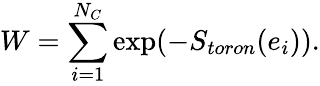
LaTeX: W=\sum_{i=1}^{N_{C}}\mathrm{exp}(-S_{toron}(e_{i})).